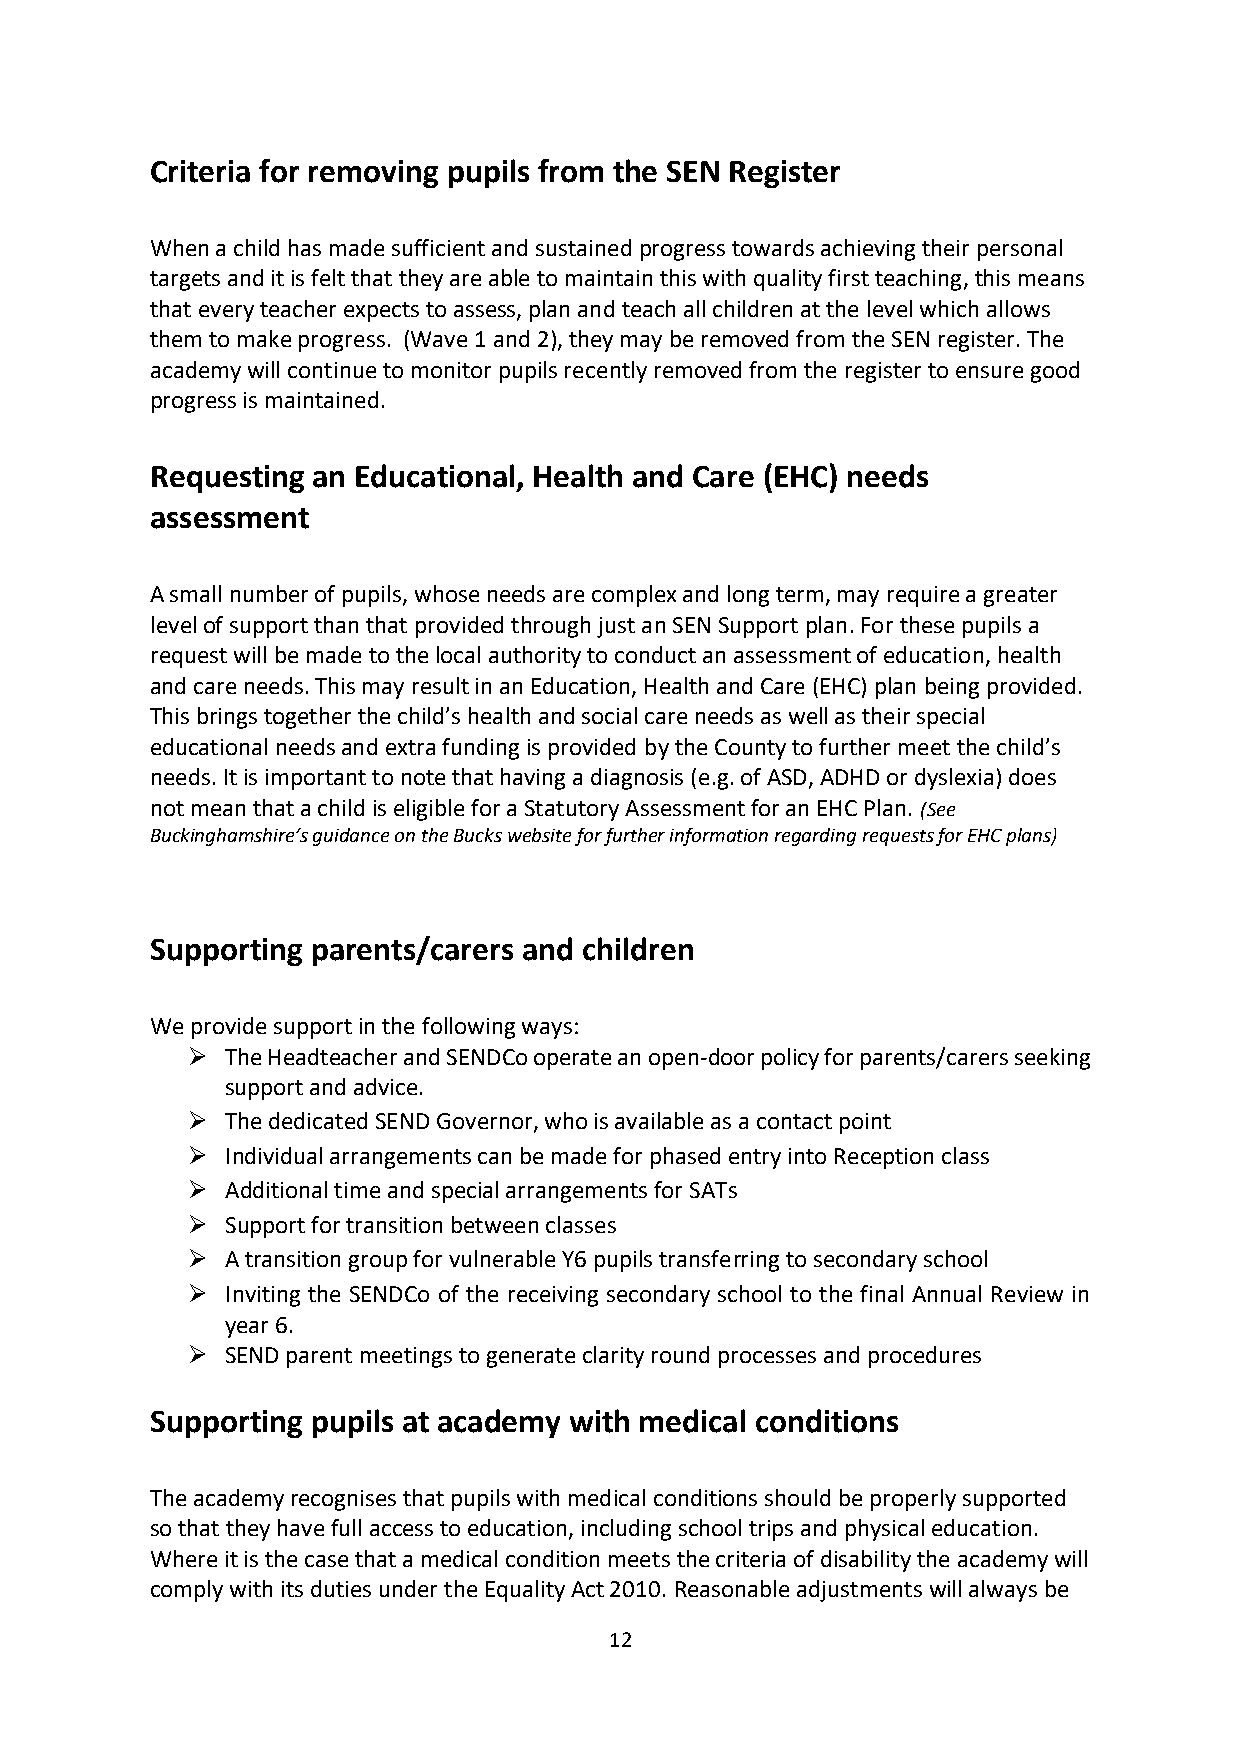
Criteria for removing pupils from the SEN Register
 When a child has made sufficient and sustained progress towards achieving their personal
 targets and it is felt that they are able to maintain this with quality first teaching, this means
 that every teacher expects to assess, plan and teach all children at the level which allows
 them to make progress. (Wave 1 and 2), they may be removed from the SEN register. The
 academy will continue to monitor pupils recently removed from the register to ensure good
 progress is maintained.
 Requesting an Educational, Health and Care (EHC) needs
 assessment
 A small number of pupils, whose needs are complex and long term, may require a greater
 level of support than that provided through just an SEN Support plan. For these pupils a
 request will be made to the local authority to conduct an assessment of education, health
 and care needs. This may result in an Education, Health and Care (EHC) plan being provided.
 This brings together the child’s health and social care needs as well as their special
 educational needs and extra funding is provided by the County to further meet the child’s
 needs. It is important to note that having a diagnosis (e.g. of ASD, ADHD or dyslexia) does
 not mean that a child is eligible for a Statutory Assessment for an EHC Plan. (See
 Buckinghamshire’s guidance on the Bucks website for further information regarding requests for EHC plans)
 Supporting parents/carers and children
 We provide support in the following ways:
   The Headteacher and SENDCo operate an open-door policy for parents/carers seeking
 support and advice.
   The dedicated SEND Governor, who is available as a contact point
   Individual arrangements can be made for phased entry into Reception class
   Additional time and special arrangements for SATs
   Support for transition between classes
   A transition group for vulnerable Y6 pupils transferring to secondary school
   Inviting the SENDCo of the receiving secondary school to the final Annual Review in
 year 6.
   SEND parent meetings to generate clarity round processes and procedures
 Supporting pupils at academy with medical conditions
 The academy recognises that pupils with medical conditions should be properly supported
 so that they have full access to education, including school trips and physical education.
 Where it is the case that a medical condition meets the criteria of disability the academy will
 comply with its duties under the Equality Act 2010. Reasonable adjustments will always be
 12